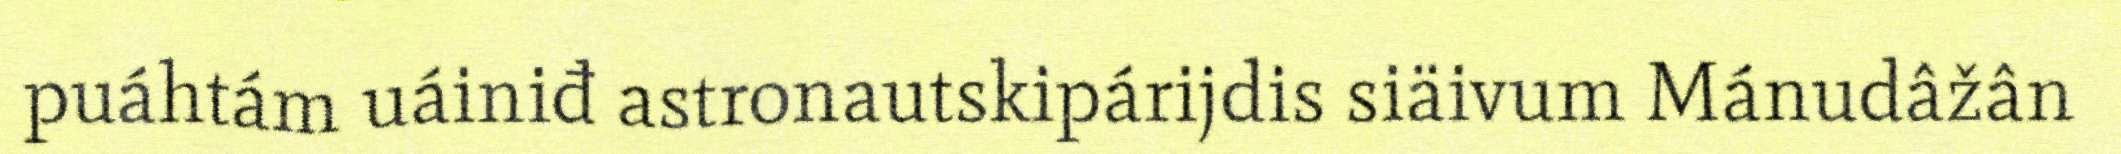
puáhtám uáiniđ astronautskipárijdis siäivum Mánudâžân